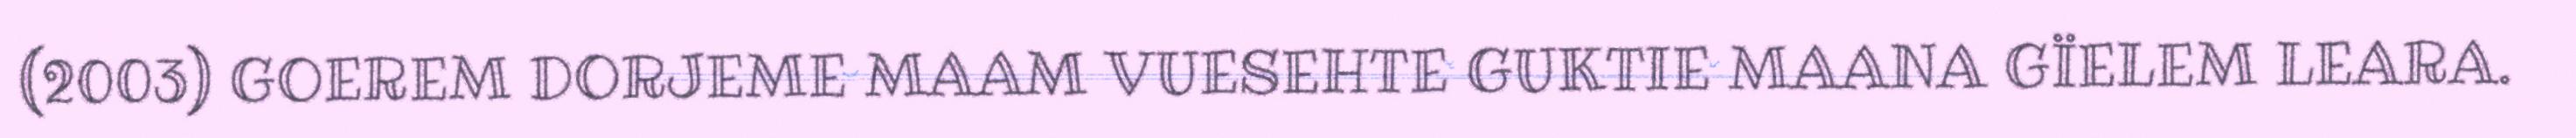
(2003) GOEREM DORJEME MAAM VUESEHTE GUKTIE MAANA GÏELEM LEARA.